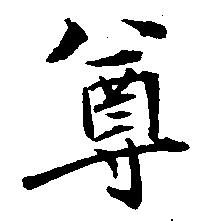
尊